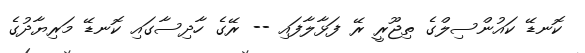
ކޮނޑޭ ކައުންސިލްގެ ތިޖޫރީ ރޭ ފަޅާލާފައި -- ރޭގެ ހާދިސާގައި ކޮނޑޭ މަރިޔާދުގެ